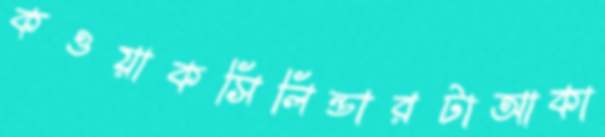
কওয়াকসিলিন্ডারটাআকা